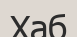
Хаб